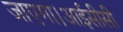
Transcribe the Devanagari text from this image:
जाएगा।आईसीसी